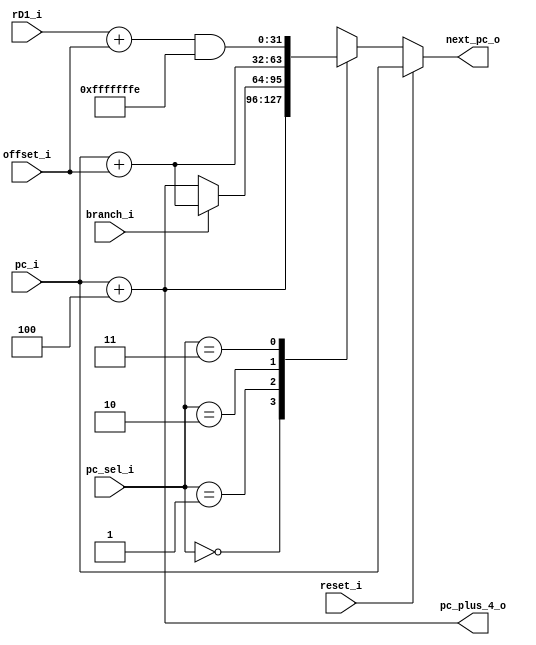
`timescale 1ns / 1ps
//////////////////////////////////////////////////////////////////////////////////
// Company: 
// Engineer: 
// 
// Design Name: 
// Module Name: npc
// Project Name: 
// Target Devices: 
// Tool Versions: 
// Description: 
// npcpc_selpc
// Dependencies: 
// 
// Revision:
// Revision 0.01 - File Created
// Additional Comments:
// 
//////////////////////////////////////////////////////////////////////////////////
module npc #(
    parameter INTERPRETER_NPC = 32'b0  // pc_sel
)
(
    input              reset_i,
    input       [1:0]  pc_sel_i,
    input       [31:0] pc_i,
    input       [31:0] offset_i,
    input       [31:0] rD1_i,
    input              branch_i,
    output reg  [31:0] next_pc_o,
    output      [31:0] pc_plus_4_o   // jaljalr
);
    always @(*) begin
        if(reset_i == 1'b1)
            next_pc_o = pc_i;
        else begin
            case (pc_sel_i)
                2'b00: next_pc_o = pc_i + 3'b100;  // pc+4
                2'b01: next_pc_o = (branch_i==1'b1)?pc_i+offset_i:pc_i+3'b100;  //Branch
                2'b10: next_pc_o = pc_i+offset_i;  // jal
                2'b11: next_pc_o = (rD1_i+offset_i)&(~1);  // jalr
                default: 
                    next_pc_o = INTERPRETER_NPC;
            endcase 
        end      
    end
    assign pc_plus_4_o = pc_i+3'b100;
endmodule